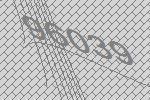
96039